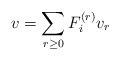
\begin{align*} v = \sum_{r\ge0} F_i^{(r)}v_r \end{align*}